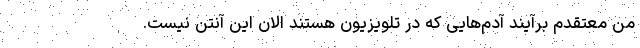
من معتقدم برآیند آدم‌هایی که در تلویزیون هستند الان این آنتن نیست.